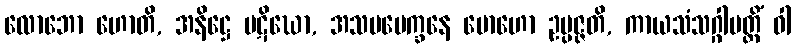
လောဘော ဟောတိ, အနိဋ္ဌေ ပဋိဃော, အသမပေက္ခနေ မောဟော ဥပ္ပဇ္ဇတိ, ကာယသံသဂ္ဂါပတ္တိံ ဝါ